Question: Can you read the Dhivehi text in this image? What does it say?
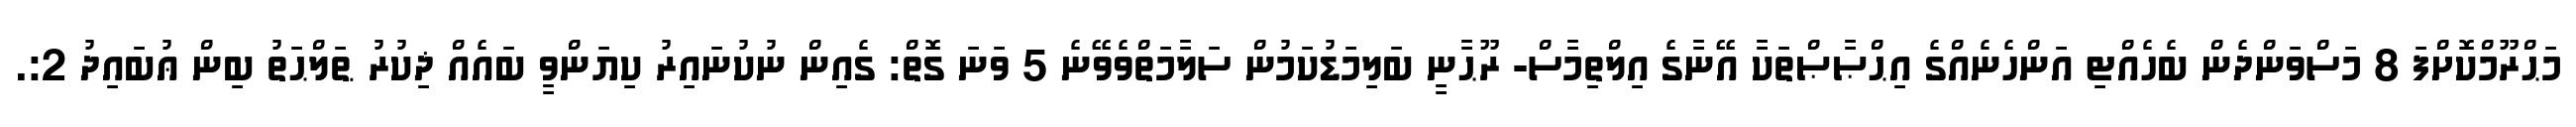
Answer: މަޙްރޫމްކޮށްފަ 8 މަސްވަންދެން ބެހެއްޓި އަންހެނެއްގެ އިޙްޞާޞްތަކާ އޭނާގެ އިލްތިމާސް- ރޫޙާނީ ބަލިމަޑުކަމުން ސަލާމަތްވެވޭނެ 5 ވަނަ ގޮތް: ގެއިން ނުކުނައިރު ކިޔަންވީ ބައެއް ޛިކުރު ޠަލްޙަތު ބިން ޢުބައިދު 2:.